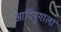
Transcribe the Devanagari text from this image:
आदियुगाला